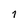
Character: 1